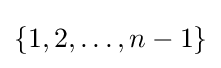
\{1,2,\dots ,n-1\}